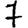
Digit: 7